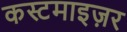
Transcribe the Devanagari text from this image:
कस्टमाइज़र